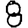
Digit: 8